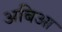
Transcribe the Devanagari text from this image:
अबिआ